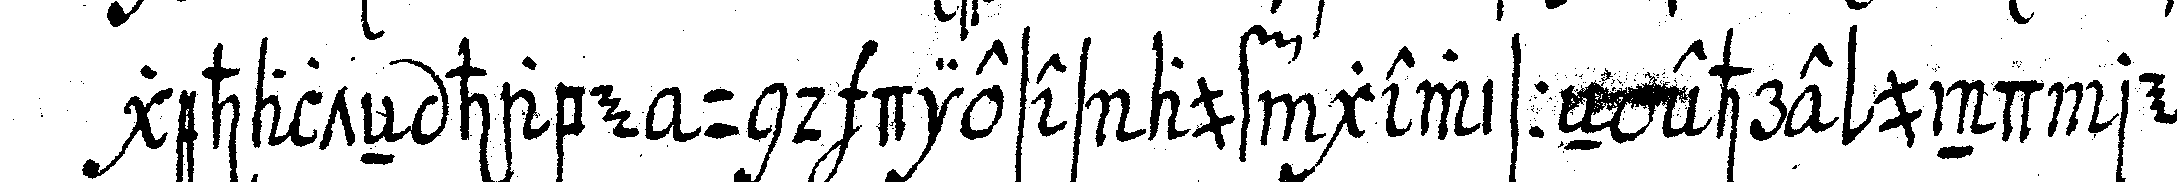
gehalteN habe und dieses auf gewisseN ehre und repu